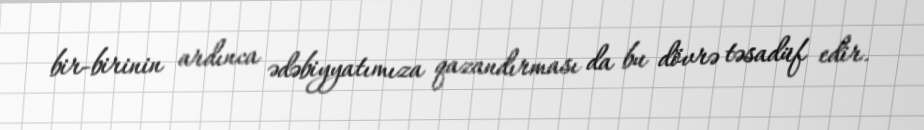
bir-birinin ardınca ədəbiyyatımıza qazandırması da bu dövrə təsadüf edir.